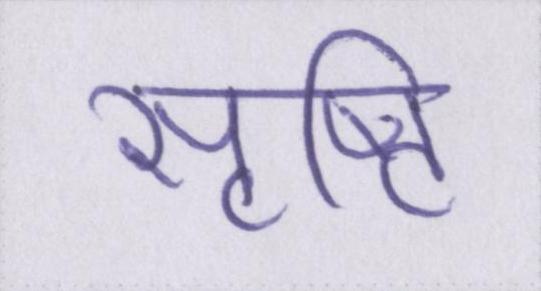
सृष्टि